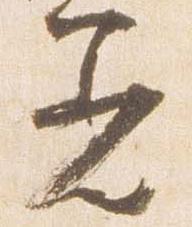
着